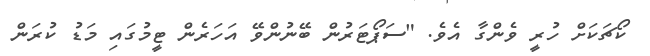
ކޯޗަކަށް ހުރީ ވެންގާ އެވެ. "ސަޕޯޓަރުން ބޭނުންވޭ އަހަރެން ޓީމުގައި މަޑު ކުރަން